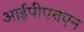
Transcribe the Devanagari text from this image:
आईपीएचएन